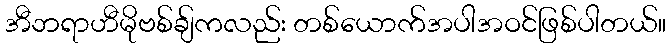
အီဘရာဟီမိုဗစ်ချ်ကလည်း တစ်ယောက်အပါအဝင်ဖြစ်ပါတယ်။